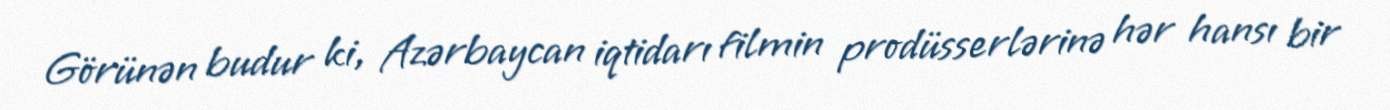
Görünən budur ki, Azərbaycan iqtidarı filmin prodüsserlərinə hər hansı bir